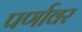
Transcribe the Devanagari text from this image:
पर्णावर